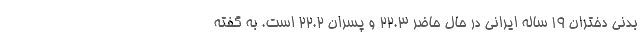
بدنی دختران ۱۹ ساله ایرانی در حال حاضر ۲۲.۳ و پسران ۲۲.۲ است. به گفته